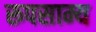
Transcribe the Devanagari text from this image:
रूपसाम्य